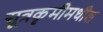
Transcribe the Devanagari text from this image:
सूत्रकृमीमधील